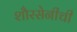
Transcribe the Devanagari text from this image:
शौरसेनीची